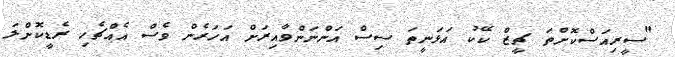
"ސީރިއަސްކޮށްތަ ޗީޒް ކޭކު އަޅަނީތަ ސިސް އަންނަންވާއިރަށް އަހަރެން ވެސް އެއްޗެހި ރެޑީކޮށްލަ